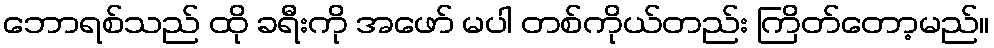
ဘောရစ်သည် ထို ခရီးကို အဖော် မပါ တစ်ကိုယ်တည်း ကြိတ်တော့မည်။